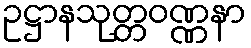
ဥဋ္ဌာနသုတ္တဝဏ္ဏနာ